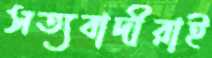
সত্যবাদীরাই